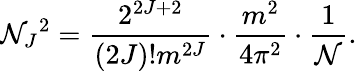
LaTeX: \mathcal{N}_{J}{}^{2}=\frac{{2^{2J+2}}}{{(2J)!m^{2J}}}\cdot\frac{{m^{2}}}{{4\pi^{2}}}\cdot\frac{{1}}{{\mathcal{N}}}.